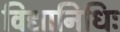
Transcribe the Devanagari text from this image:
विद्यानिधिः